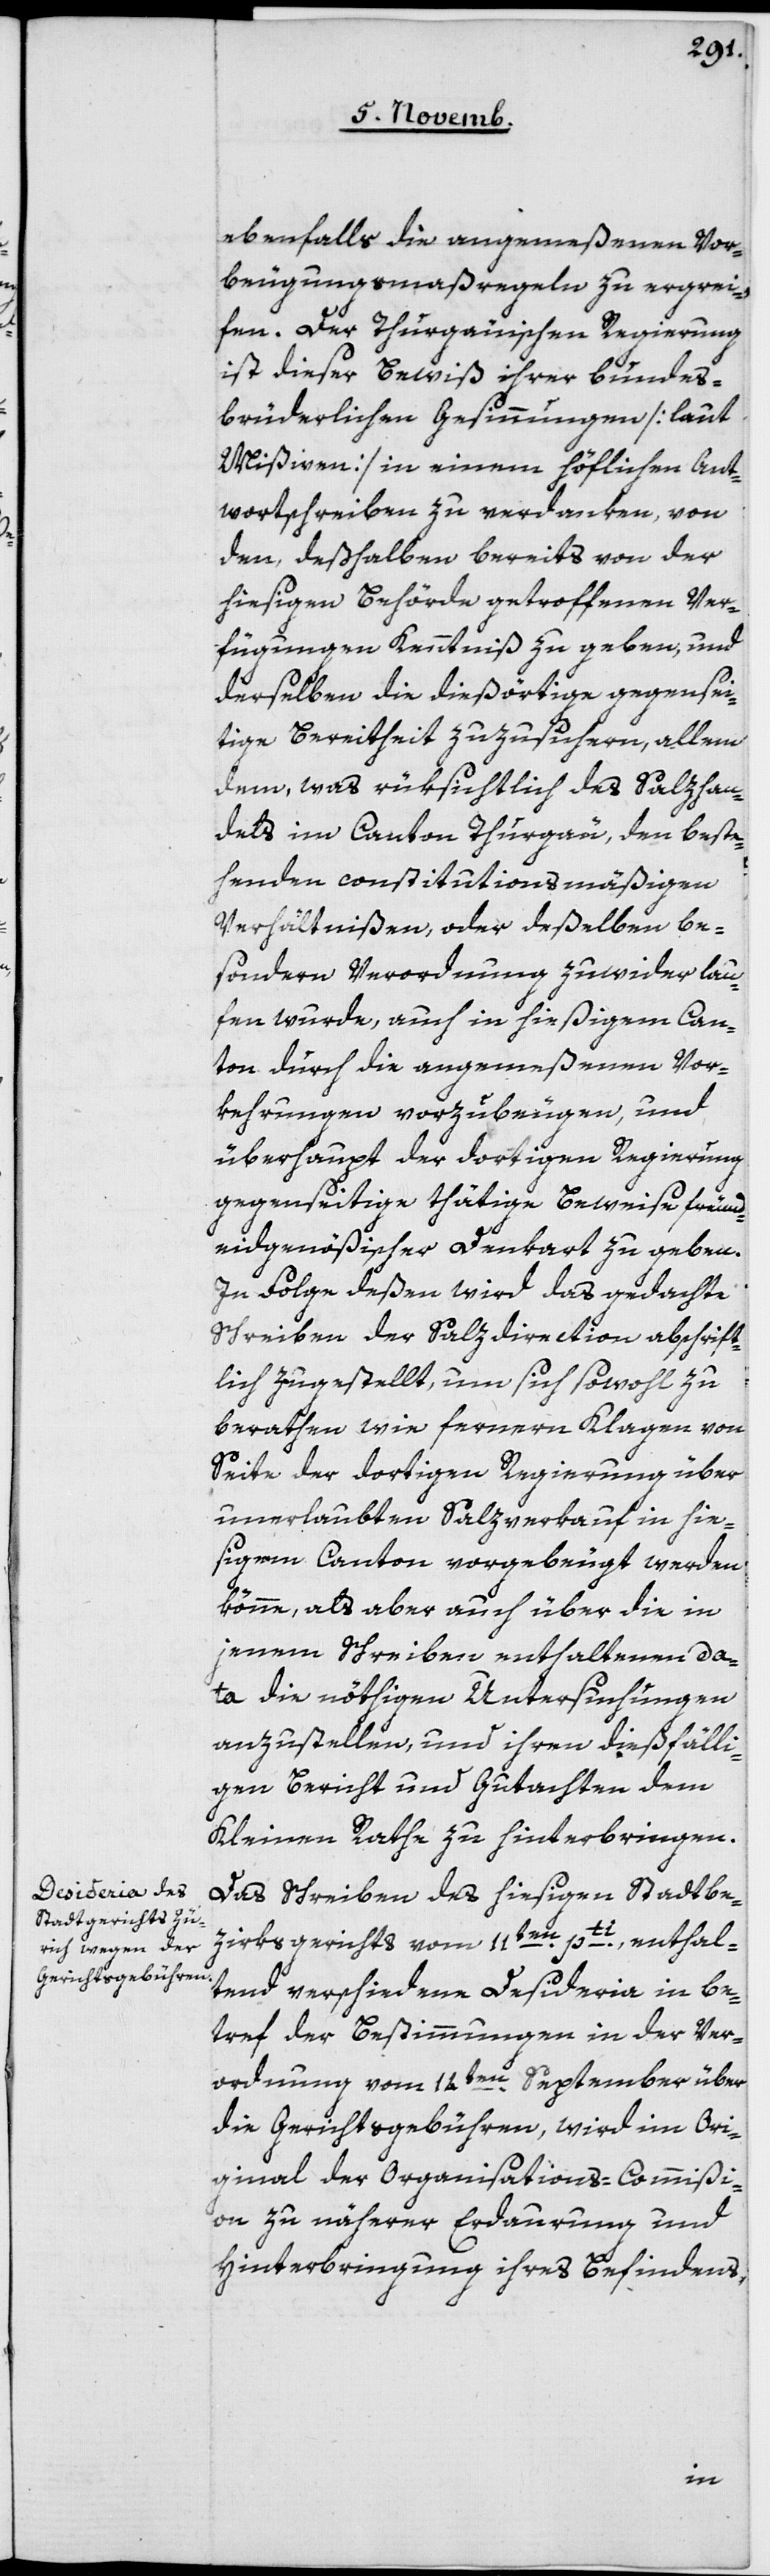
ebenfalls die angemeßenen Vor¬
beugungsmaßregeln zu ergrei¬
fen. Der Thurgauischen Regierung
ist dieser Beweiß ihrer bundes¬
brüderlichen Gesinnungen [laut
Mißiven] in einem höflichen Ant¬
wortschreiben zu verdanken, von
den, deßhalben bereits von der
hiesigen Behörde getroffenen Ver¬
fügungen Kenntniß zu geben, und
derselben die dießörtige gegensei¬
tige Bereitheit zuzusichern, allem
dem, was rüksichtlich des Salzhan¬
dels im Canton Thurgau, den beste¬
henden constitutionsmäßigen
Verhältnißen, oder deßelben be¬
sondere Verordnung zuwiderlau¬
fen wurde, auch in hießigem Can¬
ton durch die angemeßenen Vor¬
kehrungen vorzubeugen, und
überhaupt der dortigen Regierung
gegenseitige thätige Beweise freund¬
eidgenößischer Denkart zu geben.
In Folge deßen wird das gedachte
Schreiben der Salzdirection abschrift¬
lich zugestellt, um sich sowohl zu
berathen, wie fernere Klagen von
Seite der dortigen Regierung über
unerlaubten Salzverkauf in hie¬
sigem Canton vorgebeugt werden
könne, als aber auch über die in
jenem Schreiben enthaltenen Da¬
ta die nöthigen Untersuchungen
anzustellen, und ihren dießfälli¬
gen Bericht und Gutachten dem
Kleinen Rathe zu hinterbringen.
Das Schreiben des hiesigen Stadtbe¬
zirksgerichts vom 11ten pti, enthal¬
tend verschiedene Desideria in Be¬
tref der Bestimmungen in der Ver¬
ordnung vom 14ten September über
die Gerichtsgebühren, wird im Ori¬
ginal der Organisations-Commißi¬
on zu nährerer Erdaurung und
Hinterbringung ihres Befindens,